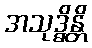
အသုဒ္ဓိန္တိ